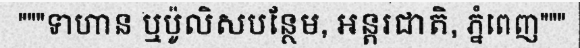
"""ទាហាន ឬប៉ូលិសបន្ថែម, អន្តរជាតិ, ភ្នំពេញ"""